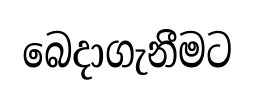
බෙදාගැනීමට